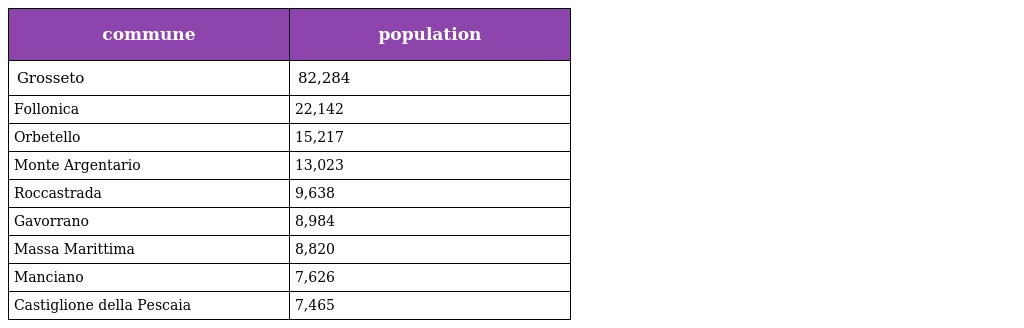
| commune | population |
 | --- | --- |
 | Grosseto | 82,284 |
 | Follonica | 22,142 |
 | Orbetello | 15,217 |
 | Monte Argentario | 13,023 |
 | Roccastrada | 9,638 |
 | Gavorrano | 8,984 |
 | Massa Marittima | 8,820 |
 | Manciano | 7,626 |
 | Castiglione della Pescaia | 7,465 |